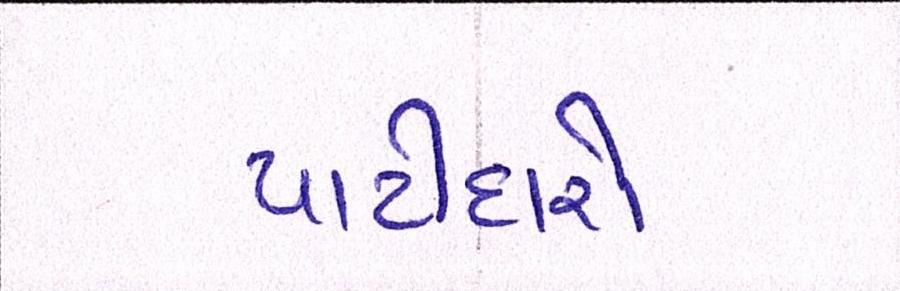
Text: પાટીદારો